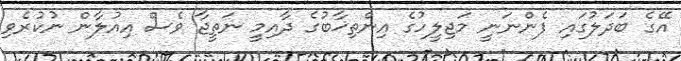
އޭގެ ބަދަލުގައި ފެންނަނީ މަޖިލީހުގެ އިންތިޚާބުގެ ދާއިމީ ނަތީޖާ ވެސް އިއުލާން ނުކުރެވި